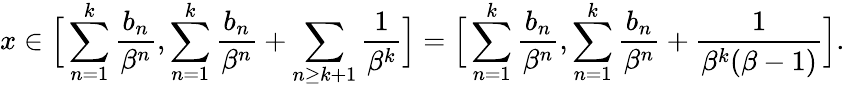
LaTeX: x\in\Big[\sum_{n=1}^{k}\frac{b_{n}}{\beta^{n}},\sum_{n=1}^{k}\frac{b_{n}}{\beta^{n}}+\sum_{n\ge k+1}\frac 1{\beta^{k}}\Big]=\Big[\sum_{n=1}^{k}\frac{b_{n}}{\beta^{n}},\sum_{n=1}^{k}\frac{b_{n}}{\beta^{n}}+\frac 1{\beta^{k}(\beta-1)}\Big].